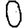
Digit: 0